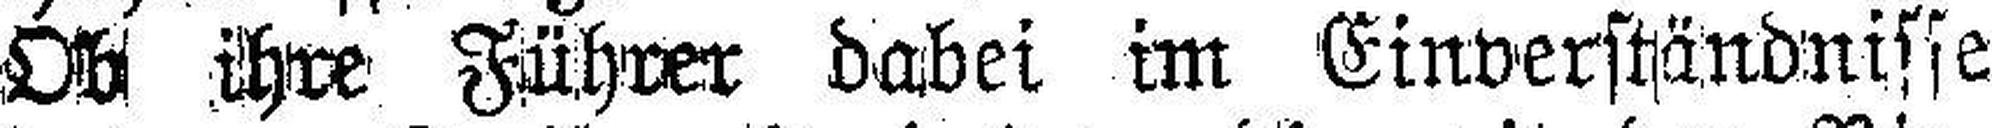
Ob ihre Führer dabei im Einverständnisse